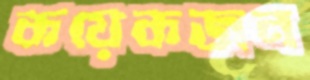
কয়েকজন